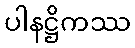
ပါနဋ္ဌိကဿ